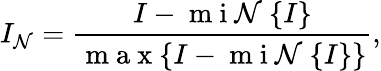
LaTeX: I_{\mathcal{N}}=\frac{{I-\mathrm{{~m~i~\mathcal{N}~}}\{ I\} }}{{\mathrm{{~m~a~x~}}\{ I-\mathrm{{~m~i~\mathcal{N}~}}\{ I\} \} }},